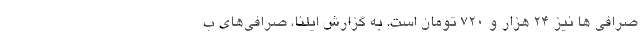
صرافی ها نیز ۲۴ هزار و ۷۲۰ تومان است. به گزارش ایلنا، صرافی‌های ب